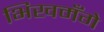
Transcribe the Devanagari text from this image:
भिखमँगे